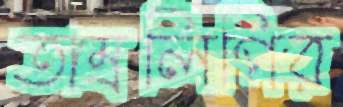
তাম্রলিপির